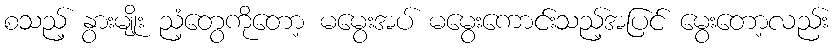
စသည့် နွားမျိုး ညံ့တွေကိုတော့ မမွေးအပ် မမွေးကောင်းသည့်အပြင် မွေးတော့လည်း